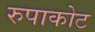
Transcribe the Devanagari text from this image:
रुपाकोट